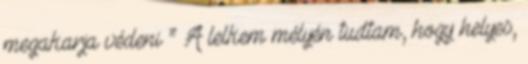
megakarja védeni ” A lelkem mélyén tudtam, hogy helyes,